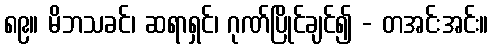
၈၉။ မိဘသခင်၊ ဆရာရှင်၊ ဂုဏ်ပြိုင်ချင်၍ - တအင်းအင်း။